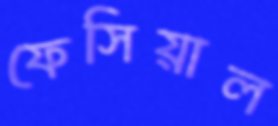
ফেসিয়াল